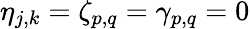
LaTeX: \eta_{j,k}=\zeta_{p,q}=\gamma_{p,q}=0